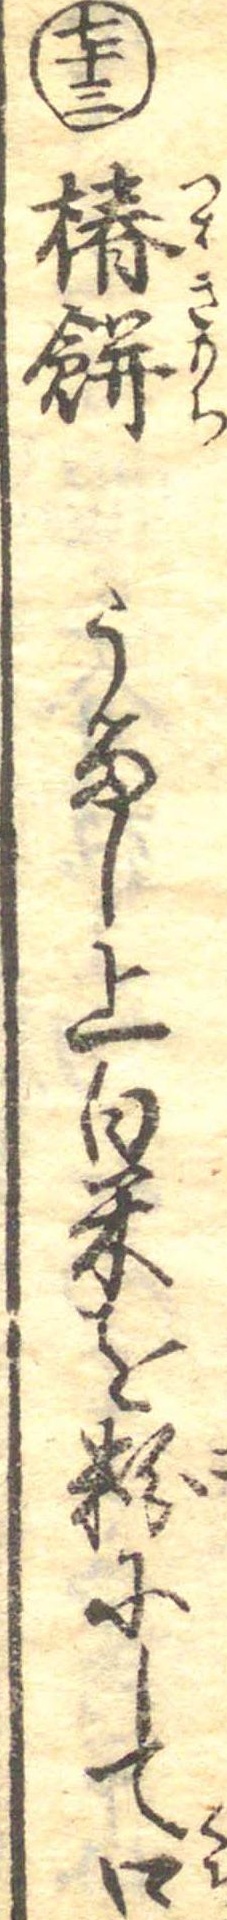
七十三椿餅うるし上白米を粉にして口